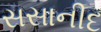
સસાનીદ